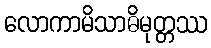
လောကာမိသာဓိမုတ္တဿ